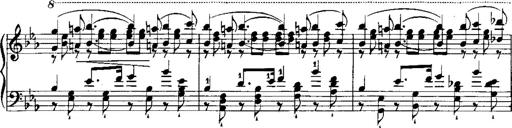
Title: RÃ©miniscences de Norma de Bellini
Composer: Franz Liszt